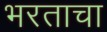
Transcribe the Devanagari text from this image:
भरताचा